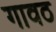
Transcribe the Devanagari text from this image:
गावठ